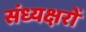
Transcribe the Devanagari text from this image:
संध्यक्षरों